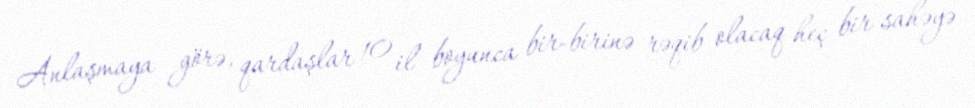
Anlaşmaya görə, qardaşlar 10 il boyunca bir-birinə rəqib olacaq heç bir sahəyə